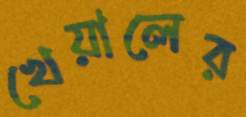
খেয়ালের